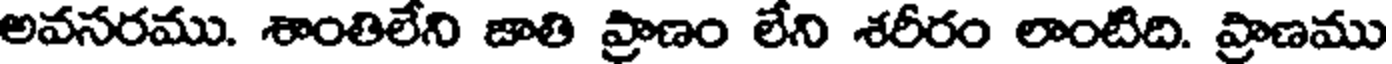
అవసరము. శాంతిలేని జాతి ప్రాణం లేని శరీరం లాంటిది. ప్రాణము